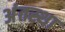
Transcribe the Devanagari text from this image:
अंंतस्था